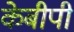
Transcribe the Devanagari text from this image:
केबीपी